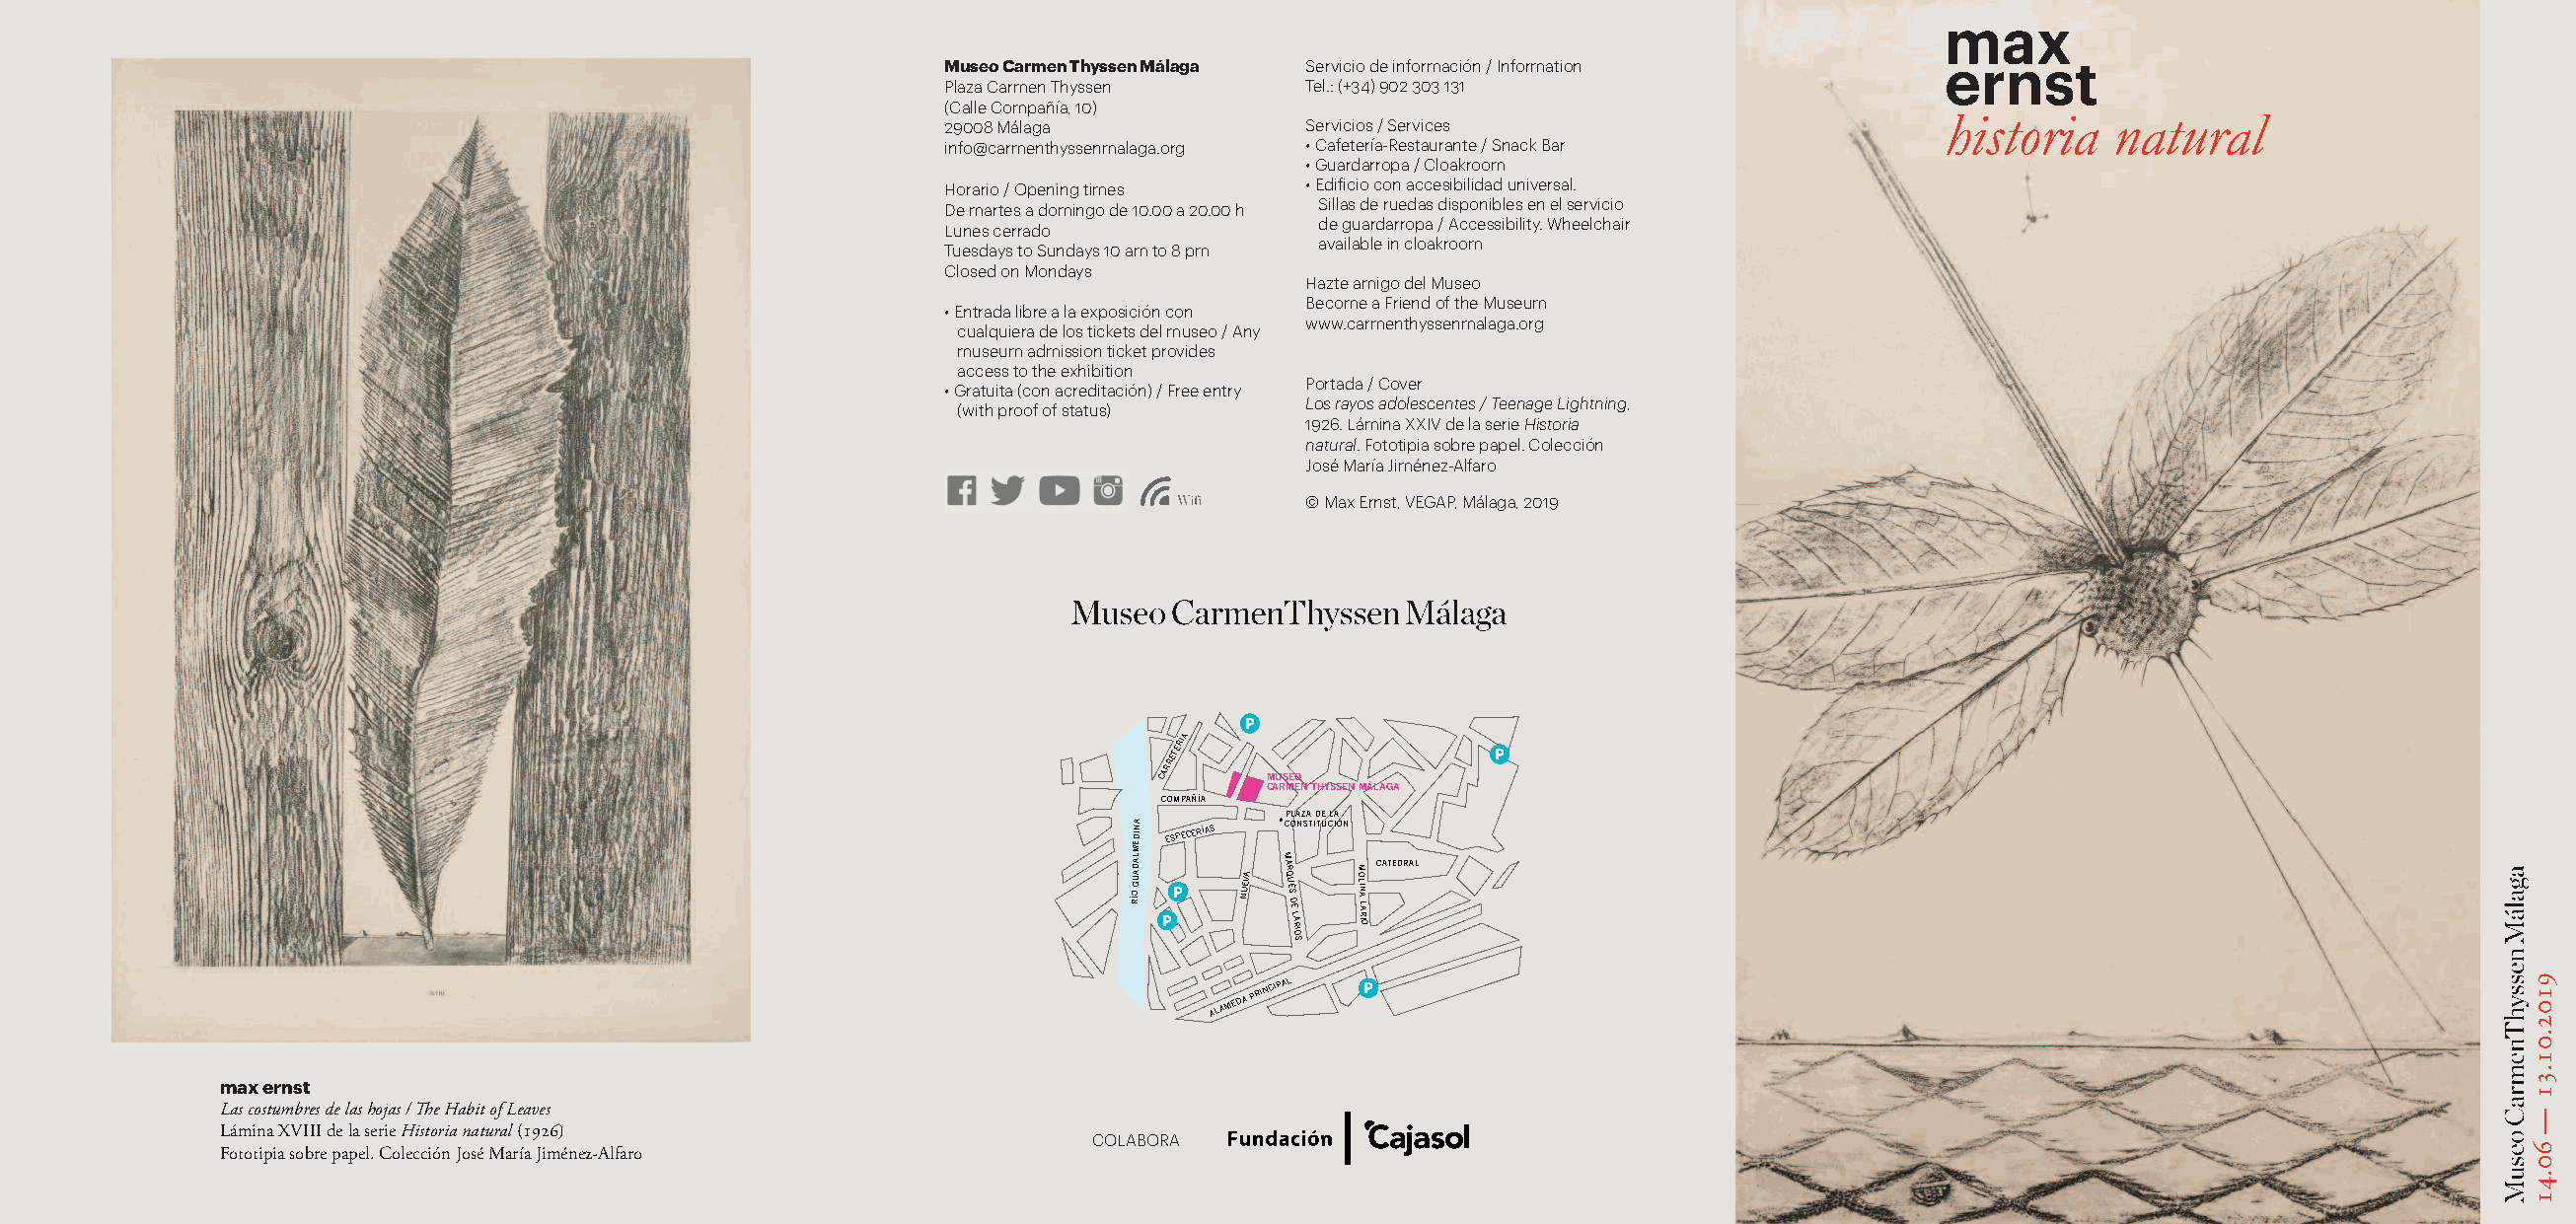
max
 Museo Carmen Thyssen Málaga Servicio de información / Information  ernst
 Plaza Carmen Thyssen     Tel.: (+34) 902 303 131
 (Calle Compañía, 10)
 29008 Málaga             Servicios / Services
 info@carmenthyssenmalaga.org • Cafetería-Restaurante / Snack Bar   historia    natural
 • Guardarropa / Cloakroom
 Horario / Opening times  • Edificio con accesibilidad universal.
 De martes a domingo de 10.00 a 20.00 h Sillas de ruedas disponibles en el servicio
 de guardarropa / Accessibility. Wheelchair
 Lunes cerrado
 available in cloakroom
 Tuesdays to Sundays 10 am to 8 pm
 Closed on Mondays
 Hazte amigo del Museo
 Become a Friend of the Museum
 • Entrada libre a la exposición con
 www.carmenthyssenmalaga.org
 cualquiera de los tickets del museo / Any
 museum admission ticket provides
 access to the exhibition
 Portada / Cover
 • Gratuita (con acreditación) / Free entry
 Los rayos adolescentes / Teenage Lightning,
 (with proof of status)
 1926. Lámina XXIV de la serie Historia
 natural. Fototipia sobre papel. Colección
 José María Jiménez-Alfaro
 © Max Ernst, VEGAP, Málaga, 2019
 P
 CARRETERÍA
 MUSEO
 P
 CARMEN THYSSEN MÁLAGA
 COMPAÑÍA
 PLAZA DE LA
 MEDINA ESPECERÍAS CONSTITUCIÓN
 RÍO
 GUADAL
 PP
 NUEVA
 M
 ARQU
 ÉS DE
 LARIOS
 M
 OLIN
 A LARIO
 C ATEDRAL
 ALAMEDA
 PRINCIP AL P
 max ernst
 Las costumbres de las hojas / e Habit of Leaves
 Lámina XVIII de la serie Historia natural(1926)
 COLABORA
 Fototipia sobre papel. Colección José María Jiménez-Alfaro
 9102.01.31
 ––
 60.41